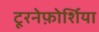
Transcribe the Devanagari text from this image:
टूरनेफ़ोर्शिया